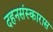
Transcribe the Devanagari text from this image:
दहनसंस्कारास